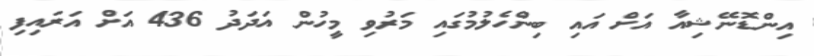
އިންޑޮނޭޝިއާ އަށް އައި ބިންހެލުމުގައި މަރުވި މީހުން އަދަދު 436 އަށް އަރައިފި